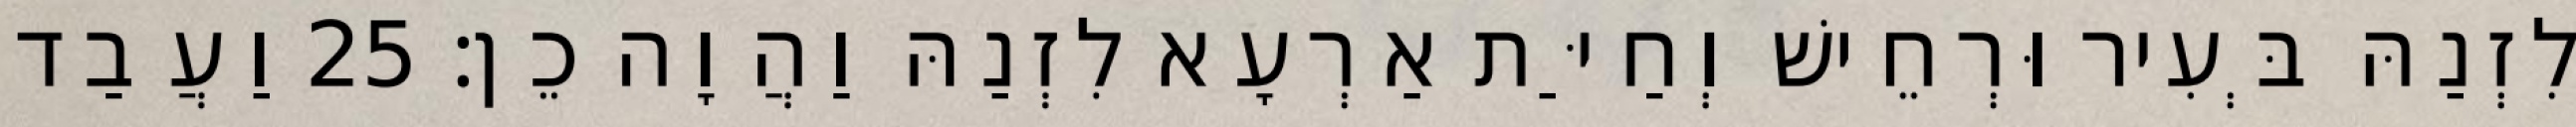
לִזְנַהּ בְּעִיר וּרְחֵישׁ וְחַיַּת אַרְעָא לִזְנַהּ וַהֲוָה כֵן׃ 25 וַעֲבַד